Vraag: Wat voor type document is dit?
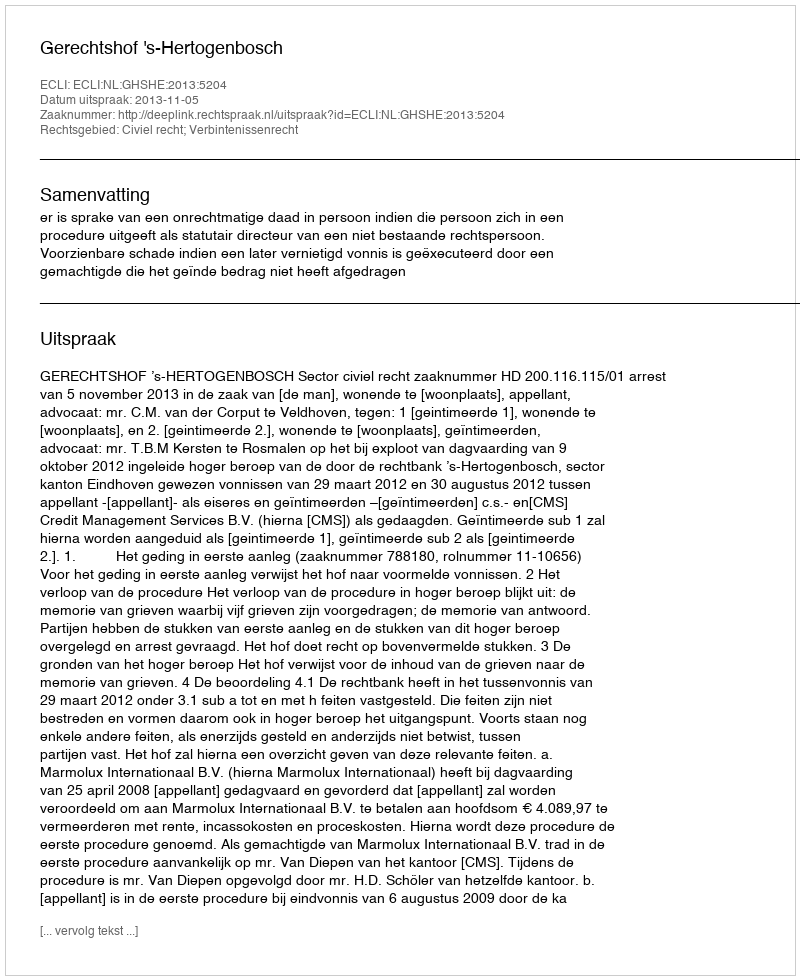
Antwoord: Uitspraak